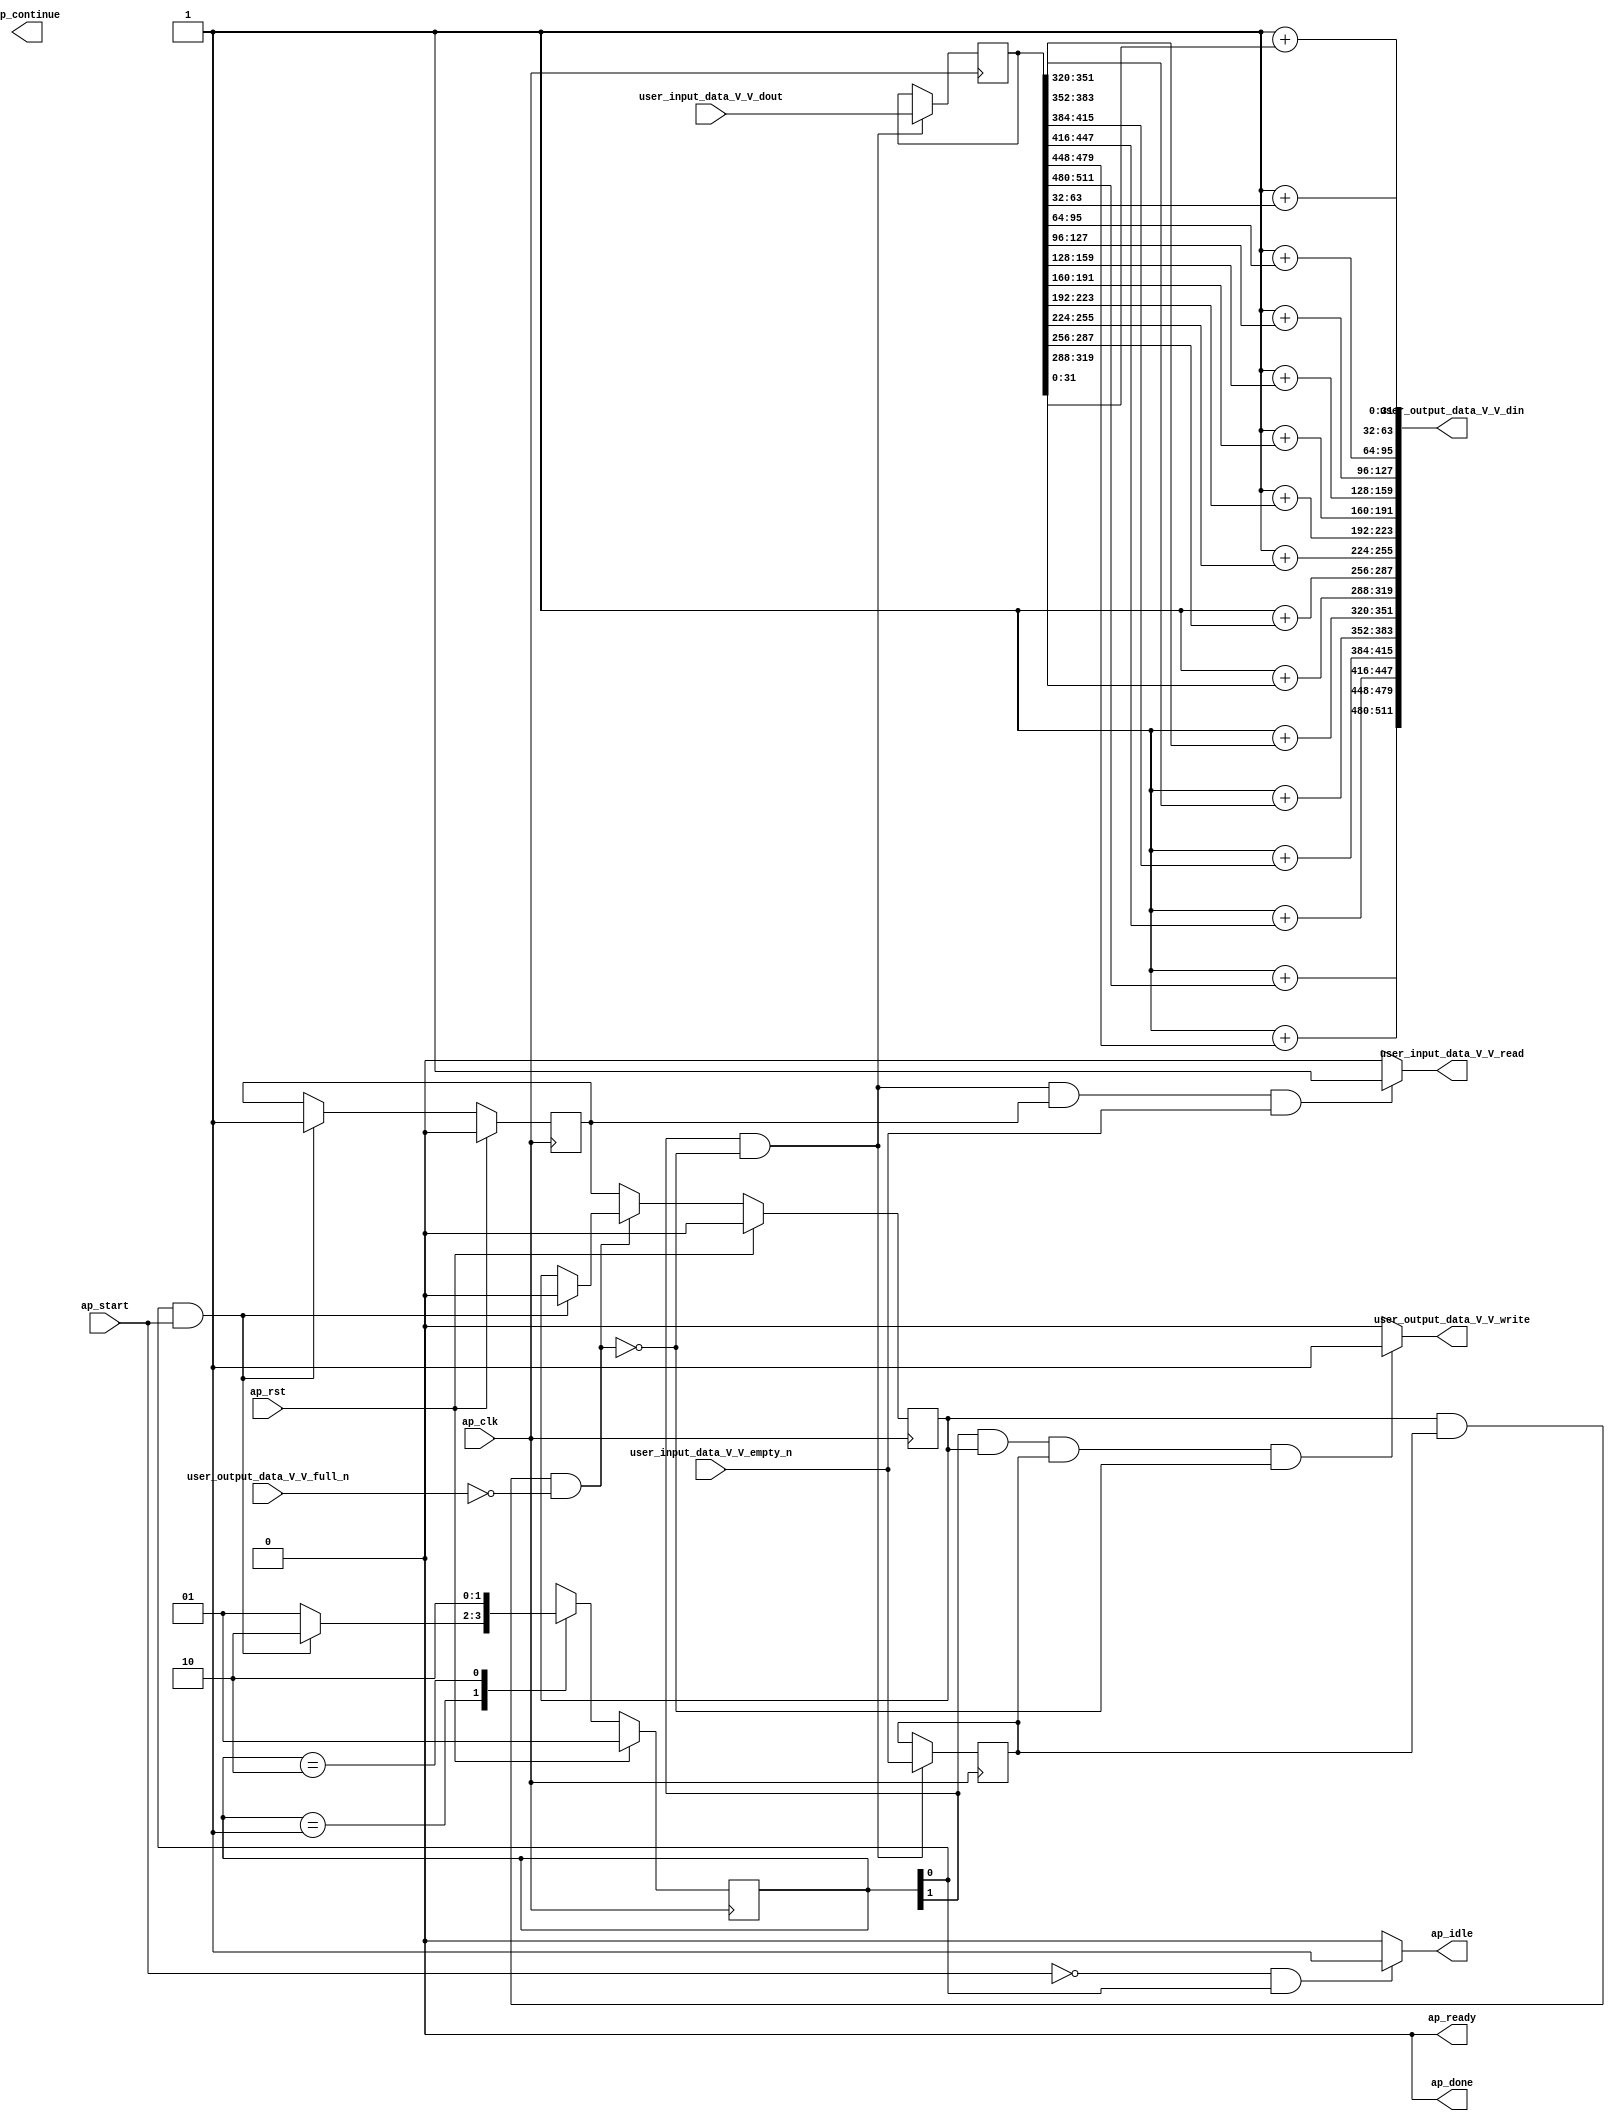
// ==============================================================
// RTL generated by Vivado(TM) HLS - High-Level Synthesis from C, C++ and SystemC
// Version: 2017.1
// Copyright (C) 1986-2017 Xilinx, Inc. All Rights Reserved.
// 
// ===========================================================

`timescale 1 ns / 1 ps 

(* CORE_GENERATION_INFO="user_kernel,hls_ip_2017_1,{HLS_INPUT_TYPE=cxx,HLS_INPUT_FLOAT=0,HLS_INPUT_FIXED=1,HLS_INPUT_PART=xcvu9p-flgb2104-2-i,HLS_INPUT_CLOCK=4.000000,HLS_INPUT_ARCH=others,HLS_SYN_CLOCK=1.474000,HLS_SYN_LAT=-1,HLS_SYN_TPT=none,HLS_SYN_MEM=0,HLS_SYN_DSP=0,HLS_SYN_FF=517,HLS_SYN_LUT=684}" *)

module user_kernel (
        ap_clk,
        ap_rst,
        ap_start,
        ap_done,
        ap_continue,
        ap_idle,
        ap_ready,
        user_input_data_V_V_dout,
        user_input_data_V_V_empty_n,
        user_input_data_V_V_read,
        user_output_data_V_V_din,
        user_output_data_V_V_full_n,
        user_output_data_V_V_write
);

parameter    ap_ST_fsm_state1 = 2'd1;
parameter    ap_ST_fsm_pp0_stage0 = 2'd2;

input   ap_clk;
input   ap_rst;
input   ap_start;
output  ap_done;
output  ap_idle;
output  ap_ready; 
output  ap_continue;
input   [511:0] user_input_data_V_V_dout;
input   user_input_data_V_V_empty_n;
input   user_output_data_V_V_full_n;
output  user_input_data_V_V_read;
output  [511:0] user_output_data_V_V_din;
output  user_output_data_V_V_write;

reg ap_idle;
reg user_input_data_V_V_read;
reg user_output_data_V_V_write;

(* fsm_encoding = "none" *) reg   [1:0] ap_CS_fsm;
wire    ap_CS_fsm_state1;
reg    user_output_data_V_V_blk_n;
wire    ap_CS_fsm_pp0_stage0;
reg    ap_enable_reg_pp0_iter1;
wire    ap_block_pp0_stage0;
reg   [0:0] empty_n_reg_392;
wire    ap_block_state2_pp0_stage0_iter0;
reg    ap_block_state3_pp0_stage0_iter1;
reg    ap_block_pp0_stage0_11001;
reg   [511:0] tmp_V_1_reg_396;
reg    ap_enable_reg_pp0_iter0;
reg    ap_block_pp0_stage0_subdone;
reg    ap_block_pp0_stage0_01001;
wire   [31:0] tmp_1_fu_121_p1;
wire   [31:0] p_Result_2_fu_130_p4;
wire   [31:0] p_Result_4_fu_145_p4;
wire   [31:0] p_Result_6_fu_160_p4;
wire   [31:0] p_Result_8_fu_175_p4;
wire   [31:0] p_Result_s_fu_190_p4;
wire   [31:0] p_Result_1_fu_205_p4;
wire   [31:0] p_Result_3_fu_220_p4;
wire   [31:0] p_Result_5_fu_235_p4;
wire   [31:0] p_Result_7_fu_250_p4;
wire   [31:0] p_Result_9_fu_265_p4;
wire   [31:0] p_Result_10_fu_280_p4;
wire   [31:0] p_Result_11_fu_295_p4;
wire   [31:0] p_Result_12_fu_310_p4;
wire   [31:0] p_Result_13_fu_325_p4;
wire   [31:0] p_Result_14_fu_340_p4;
wire   [31:0] loc_V_15_trunc_fu_349_p2;
wire   [31:0] loc_V_14_trunc_fu_334_p2;
wire   [31:0] loc_V_13_trunc_fu_319_p2;
wire   [31:0] loc_V_12_trunc_fu_304_p2;
wire   [31:0] loc_V_11_trunc_fu_289_p2;
wire   [31:0] loc_V_10_trunc_fu_274_p2;
wire   [31:0] loc_V_9_trunc_fu_259_p2;
wire   [31:0] loc_V_8_trunc_fu_244_p2;
wire   [31:0] loc_V_7_trunc_fu_229_p2;
wire   [31:0] loc_V_6_trunc_fu_214_p2;
wire   [31:0] loc_V_5_trunc_fu_199_p2;
wire   [31:0] loc_V_4_trunc_fu_184_p2;
wire   [31:0] loc_V_3_trunc_fu_169_p2;
wire   [31:0] loc_V_2_trunc_fu_154_p2;
wire   [31:0] loc_V_1_trunc_fu_139_p2;
wire   [31:0] loc_V_trunc_fu_124_p2;
reg   [1:0] ap_NS_fsm;
reg    ap_idle_pp0;
wire    ap_enable_pp0;

// power-on initialization
initial begin
#0 ap_CS_fsm = 2'd1;
#0 ap_enable_reg_pp0_iter1 = 1'b0;
#0 ap_enable_reg_pp0_iter0 = 1'b0;
end

always @ (posedge ap_clk) begin
    if (ap_rst == 1'b1) begin
        ap_CS_fsm <= ap_ST_fsm_state1;
    end else begin
        ap_CS_fsm <= ap_NS_fsm;
    end
end

always @ (posedge ap_clk) begin
    if (ap_rst == 1'b1) begin
        ap_enable_reg_pp0_iter0 <= 1'b0;
    end else begin
        if (((1'b1 == ap_CS_fsm_state1) & (ap_start == 1'b1))) begin
            ap_enable_reg_pp0_iter0 <= 1'b1;
        end
    end
end

always @ (posedge ap_clk) begin
    if (ap_rst == 1'b1) begin
        ap_enable_reg_pp0_iter1 <= 1'b0;
    end else begin
        if ((ap_block_pp0_stage0_subdone == 1'b0)) begin
            ap_enable_reg_pp0_iter1 <= ap_enable_reg_pp0_iter0;
        end else if (((1'b1 == ap_CS_fsm_state1) & (ap_start == 1'b1))) begin
            ap_enable_reg_pp0_iter1 <= 1'b0;
        end
    end
end

always @ (posedge ap_clk) begin
    if (((1'b1 == ap_CS_fsm_pp0_stage0) & (ap_block_pp0_stage0_11001 == 1'b0))) begin
        empty_n_reg_392 <= user_input_data_V_V_empty_n;
        tmp_V_1_reg_396 <= user_input_data_V_V_dout;
    end
end

always @ (*) begin
    if (((1'b0 == ap_start) & (1'b1 == ap_CS_fsm_state1))) begin
        ap_idle = 1'b1;
    end else begin
        ap_idle = 1'b0;
    end
end

always @ (*) begin
    if (((1'b0 == ap_enable_reg_pp0_iter0) & (1'b0 == ap_enable_reg_pp0_iter1))) begin
        ap_idle_pp0 = 1'b1;
    end else begin
        ap_idle_pp0 = 1'b0;
    end
end

always @ (*) begin
    if (((1'b1 == ap_CS_fsm_pp0_stage0) & (ap_block_pp0_stage0_11001 == 1'b0) & (1'b1 == ap_enable_reg_pp0_iter0) & (1'b1 == user_input_data_V_V_empty_n))) begin
        user_input_data_V_V_read = 1'b1;
    end else begin
        user_input_data_V_V_read = 1'b0;
    end
end

always @ (*) begin
    if (((1'b1 == ap_CS_fsm_pp0_stage0) & (1'b1 == ap_enable_reg_pp0_iter1) & (ap_block_pp0_stage0 == 1'b0) & (empty_n_reg_392 == 1'd1))) begin
        user_output_data_V_V_blk_n = user_output_data_V_V_full_n;
    end else begin
        user_output_data_V_V_blk_n = 1'b1;
    end
end

always @ (*) begin
    if (((1'b1 == ap_CS_fsm_pp0_stage0) & (1'b1 == ap_enable_reg_pp0_iter1) & (empty_n_reg_392 == 1'd1) & (ap_block_pp0_stage0_11001 == 1'b0))) begin
        user_output_data_V_V_write = 1'b1;
    end else begin
        user_output_data_V_V_write = 1'b0;
    end
end

always @ (*) begin
    case (ap_CS_fsm)
        ap_ST_fsm_state1 : begin
            if (((1'b1 == ap_CS_fsm_state1) & (ap_start == 1'b1))) begin
                ap_NS_fsm = ap_ST_fsm_pp0_stage0;
            end else begin
                ap_NS_fsm = ap_ST_fsm_state1;
            end
        end
        ap_ST_fsm_pp0_stage0 : begin
            ap_NS_fsm = ap_ST_fsm_pp0_stage0;
        end
        default : begin
            ap_NS_fsm = 'bx;
        end
    endcase
end

assign ap_CS_fsm_pp0_stage0 = ap_CS_fsm[32'd1];

assign ap_CS_fsm_state1 = ap_CS_fsm[32'd0];

assign ap_block_pp0_stage0 = ~(1'b1 == 1'b1);

always @ (*) begin
    ap_block_pp0_stage0_01001 = ((1'b1 == ap_enable_reg_pp0_iter1) & (empty_n_reg_392 == 1'd1) & (1'b0 == user_output_data_V_V_full_n));
end

always @ (*) begin
    ap_block_pp0_stage0_11001 = ((1'b1 == ap_enable_reg_pp0_iter1) & (empty_n_reg_392 == 1'd1) & (1'b0 == user_output_data_V_V_full_n));
end

always @ (*) begin
    ap_block_pp0_stage0_subdone = ((1'b1 == ap_enable_reg_pp0_iter1) & (empty_n_reg_392 == 1'd1) & (1'b0 == user_output_data_V_V_full_n));
end

assign ap_block_state2_pp0_stage0_iter0 = ~(1'b1 == 1'b1);

always @ (*) begin
    ap_block_state3_pp0_stage0_iter1 = ((empty_n_reg_392 == 1'd1) & (1'b0 == user_output_data_V_V_full_n));
end

assign ap_done = 1'b0;

assign ap_enable_pp0 = (ap_idle_pp0 ^ 1'b1);

assign ap_ready = 1'b0;

assign loc_V_10_trunc_fu_274_p2 = (32'd1 + p_Result_9_fu_265_p4);

assign loc_V_11_trunc_fu_289_p2 = (32'd1 + p_Result_10_fu_280_p4);

assign loc_V_12_trunc_fu_304_p2 = (32'd1 + p_Result_11_fu_295_p4);

assign loc_V_13_trunc_fu_319_p2 = (32'd1 + p_Result_12_fu_310_p4);

assign loc_V_14_trunc_fu_334_p2 = (32'd1 + p_Result_13_fu_325_p4);

assign loc_V_15_trunc_fu_349_p2 = (32'd1 + p_Result_14_fu_340_p4);

assign loc_V_1_trunc_fu_139_p2 = (32'd1 + p_Result_2_fu_130_p4);

assign loc_V_2_trunc_fu_154_p2 = (32'd1 + p_Result_4_fu_145_p4);

assign loc_V_3_trunc_fu_169_p2 = (32'd1 + p_Result_6_fu_160_p4);

assign loc_V_4_trunc_fu_184_p2 = (32'd1 + p_Result_8_fu_175_p4);

assign loc_V_5_trunc_fu_199_p2 = (32'd1 + p_Result_s_fu_190_p4);

assign loc_V_6_trunc_fu_214_p2 = (32'd1 + p_Result_1_fu_205_p4);

assign loc_V_7_trunc_fu_229_p2 = (32'd1 + p_Result_3_fu_220_p4);

assign loc_V_8_trunc_fu_244_p2 = (32'd1 + p_Result_5_fu_235_p4);

assign loc_V_9_trunc_fu_259_p2 = (32'd1 + p_Result_7_fu_250_p4);

assign loc_V_trunc_fu_124_p2 = (32'd1 + tmp_1_fu_121_p1);

assign p_Result_10_fu_280_p4 = {{tmp_V_1_reg_396[383:352]}};

assign p_Result_11_fu_295_p4 = {{tmp_V_1_reg_396[415:384]}};

assign p_Result_12_fu_310_p4 = {{tmp_V_1_reg_396[447:416]}};

assign p_Result_13_fu_325_p4 = {{tmp_V_1_reg_396[479:448]}};

assign p_Result_14_fu_340_p4 = {{tmp_V_1_reg_396[511:480]}};

assign p_Result_1_fu_205_p4 = {{tmp_V_1_reg_396[223:192]}};

assign p_Result_2_fu_130_p4 = {{tmp_V_1_reg_396[63:32]}};

assign p_Result_3_fu_220_p4 = {{tmp_V_1_reg_396[255:224]}};

assign p_Result_4_fu_145_p4 = {{tmp_V_1_reg_396[95:64]}};

assign p_Result_5_fu_235_p4 = {{tmp_V_1_reg_396[287:256]}};

assign p_Result_6_fu_160_p4 = {{tmp_V_1_reg_396[127:96]}};

assign p_Result_7_fu_250_p4 = {{tmp_V_1_reg_396[319:288]}};

assign p_Result_8_fu_175_p4 = {{tmp_V_1_reg_396[159:128]}};

assign p_Result_9_fu_265_p4 = {{tmp_V_1_reg_396[351:320]}};

assign p_Result_s_fu_190_p4 = {{tmp_V_1_reg_396[191:160]}};

assign tmp_1_fu_121_p1 = tmp_V_1_reg_396[31:0];

assign user_output_data_V_V_din = {{{{{{{{{{{{{{{{loc_V_15_trunc_fu_349_p2}, {loc_V_14_trunc_fu_334_p2}}, {loc_V_13_trunc_fu_319_p2}}, {loc_V_12_trunc_fu_304_p2}}, {loc_V_11_trunc_fu_289_p2}}, {loc_V_10_trunc_fu_274_p2}}, {loc_V_9_trunc_fu_259_p2}}, {loc_V_8_trunc_fu_244_p2}}, {loc_V_7_trunc_fu_229_p2}}, {loc_V_6_trunc_fu_214_p2}}, {loc_V_5_trunc_fu_199_p2}}, {loc_V_4_trunc_fu_184_p2}}, {loc_V_3_trunc_fu_169_p2}}, {loc_V_2_trunc_fu_154_p2}}, {loc_V_1_trunc_fu_139_p2}}, {loc_V_trunc_fu_124_p2}};

endmodule //user_kernel